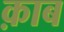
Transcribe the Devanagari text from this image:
क़ाब